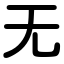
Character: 无